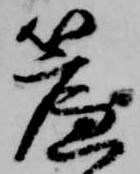
簾